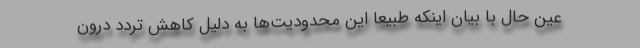
عین حال با بیان اینکه طبیعا این محدودیت‌ها به دلیل کاهش تردد درون